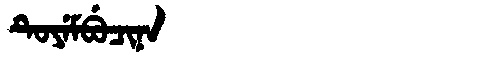
Manchu: ᡨᡠᠶᡝᠮᠪᡠᠴᡳᠨᠠ
Romanization: TUYEMBUCINA